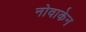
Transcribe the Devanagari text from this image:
नोवाकेन